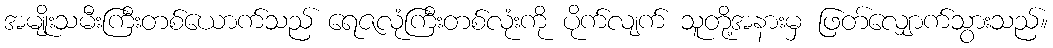
အမျိုးသမီးကြီးတစ်ယောက်သည် ရေဇလုံကြီးတစ်လုံးကို ပိုက်လျက် သူတို့အနားမှ ဖြတ်လျှောက်သွားသည်။